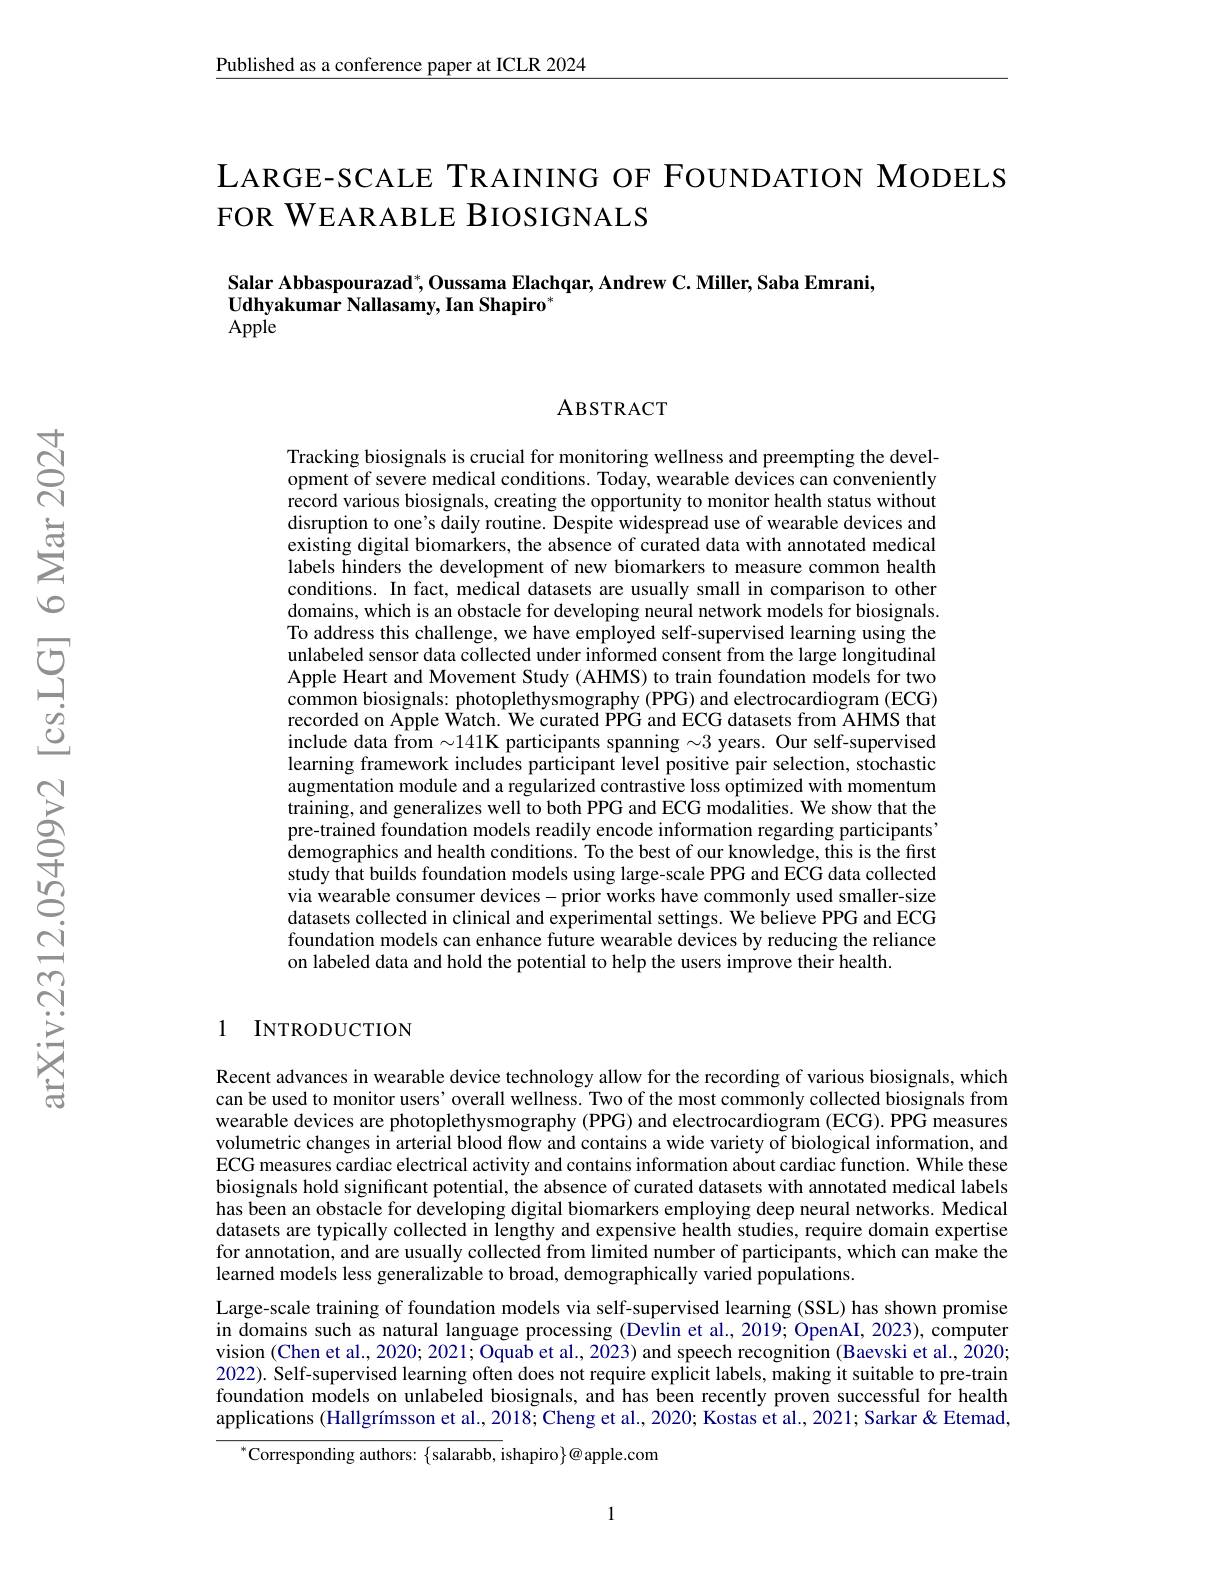
Published as a conference paper at ICLR 2024

LARGE-SCALE TRAINING OF FOUNDATION MODELS
FOR WEARABLE BIOSIGNALS

Salar Abbaspourazad$^*$,Oussama Elachqar, Andrew C. Miller, Saba Emrani,
Udhyakumar Nallasamy, Ian Shapiro*
Apple

ABSTRACT

Tracking biosignals is crucial for monitoring wellness and preempting the development of severe medical conditions. Today, wearable devices can conveniently record various biosignals, creating the opportunity to monitor health status without disruption to one's daily routine. Despite widespread use of wearable devices and $\hat{\text{existing digital biomarkers, the absence of curated data with annotated medical}}$ labels hinders the development of new biomarkers to measure common health conditions. In fact, medical datasets are usually small in comparison to other domains, which is an obstacle for developing neural network models for biosignals. To address this challenge, we have employed self-supervised learning using the unlabeled sensor data collected under informed consent from the large longitudinal Apple Heart and Movement Study (AHMS) to train foundation models for two common biosignals: photoplethysmography (PPG) and electrocardiogram (ECG) recorded on Apple Watch. We curated PPG and ECG datasets from AHMS that include data from $\sim141$K participants spanning $\sim3$ years. Our self-supervised learning framework includes participant level positive pair selection, stochastic augmentation module and a regularized contrastive loss optimized with momentum training, and generalizes well to both PPG and ECG modalities. We show that the pre-trained foundation models readily encode information regarding participants demographics and health conditions. To the best of our knowledge, this is the first study that builds foundation models using large-scale PPG and ECG data collected via wearable consumer devices- prior works have commonly used smaller-size datasets collected in clinical and experimental settings. We believe PPG and ECG foundation models can enhance future wearable devices by reducing the reliance on labeled data and hold the potential to help the users improve their health.

### 1 INTRODUCTION

Recent advances in wearable device technology allow for the recording of various biosignals, which can be used to monitor users' overall wellness. Two of the most commonly collected biosignals from wearable devices are photoplethysmography (PPG) and electrocardiogram (ECG). PPG measures volumetric changes in arterial blood flow and contains a wide variety of biological information, and ECG measures cardiac electrical activity and contains information about cardiac function. While these biosignals hold significant potential, the absence of curated datasets with annotated medical labels has been an obstacle for developing digital biomarkers employing deep neural networks. Medical datasets are typically collected in lengthy and expensive health studies, require domain expertise for annotation, and are usually collected from limited number of participants, which can make the learned models less generalizable to broad, demographically varied populations.
Large-scale training of foundation models via self-supervised learning (SSL) has shown promise in domains such as natural language processing (Devlin et al, 2019; OpenAI, 2023), computer vision (Chen et al., 2020; 2021; Oquab et al., 2023) and speech recognition (Baevski et al., $\hat{2}020;$ 2022). Self-supervised learning often does not require explicit labels, making it suitable to pre-train foundation models on unlabeled biosignals, and has been recently proven successful for health applications (Hallgrímsson et al., 2018; Cheng et al., 2020; Kostas et al., 2021; Sarkar & Etemad,
$^{*}$Corresponding authors: $\{$salarabb, ishapiro$\}@$apple.com

1